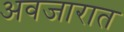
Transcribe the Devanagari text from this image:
अवजारात